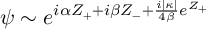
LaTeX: \psi \sim e ^ { i \alpha Z _ { + } + i \beta Z _ { - } + \frac { i | \kappa | } { 4 \beta } e ^ { Z _ { + } } }